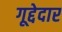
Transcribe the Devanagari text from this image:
गूद्देदार